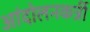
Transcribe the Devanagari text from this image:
आंदोलनकर्त्री